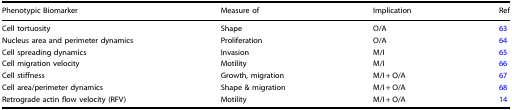
<table><thead><tr><td><b>Phenotypic Biomarker</b></td><td><b>Measure of</b></td><td><b>Implication</b></td><td><b>Ref</b></td></tr></thead><tbody><tr><td>Cell tortuosity</td><td>Shape</td><td>O/A</td><td>63</td></tr><tr><td>Nucleus area and perimeter dynamics</td><td>Proliferation</td><td>O/A</td><td>64</td></tr><tr><td>Cell spreading dynamics</td><td>Invasion</td><td>M/I</td><td>65</td></tr><tr><td>Cell migration velocity</td><td>Motility</td><td>M/I</td><td>66</td></tr><tr><td>Cell stiffness</td><td>Growth, migration</td><td>M/I + O/A</td><td>67</td></tr><tr><td>Cell area/perimeter dynamics</td><td>Shape &amp; migration</td><td>M/I + O/A</td><td>68</td></tr><tr><td>Retrograde actin flow velocity (RFV)</td><td>Motility</td><td>M/I + O/A</td><td>14</td></tr></tbody></table>